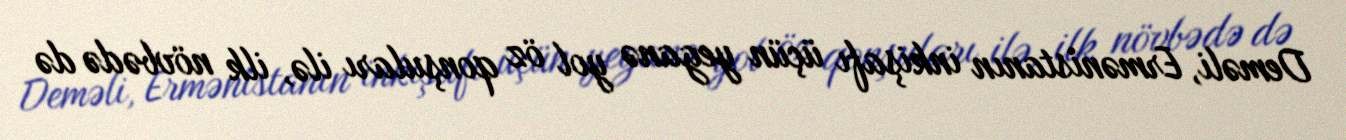
Deməli, Ermənistanın inkişafı üçün yeganə yol öz qonşuları ilə, ilk növbədə də